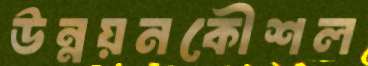
উন্নয়নকৌশল